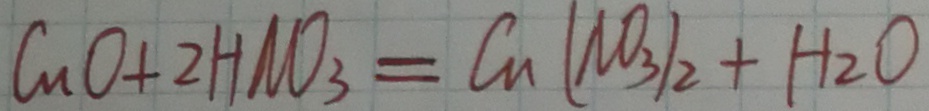
C u O + 2 H N O _ { 3 } = C u ( N O _ { 3 } ) _ { 2 } + H _ { 2 } O